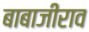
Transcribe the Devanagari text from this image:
बाबाजीराव